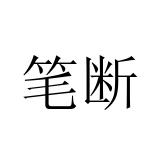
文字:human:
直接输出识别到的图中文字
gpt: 笔断